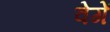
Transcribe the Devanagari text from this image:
वेगें